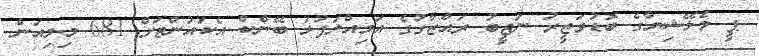
ޕީ މެލޭޝިޔާގެ ބޮޑުވަޒީރު ނަޖީބު ރައްޒާގުގެ އަމިއްލަފުޅު ބޭންކް އެކައުންޓަށް 681 މިލިއަން